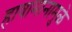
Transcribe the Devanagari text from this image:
हावामानामुळे